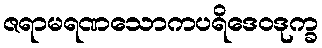
ဇရာမရဏသောကပရိဒေဝဒုက္ခ